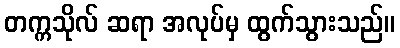
တက္ကသိုလ် ဆရာ အလုပ်မှ ထွက်သွားသည်။